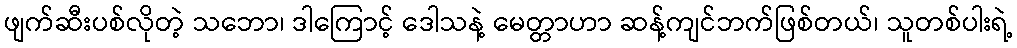
ဖျက်ဆီးပစ်လိုတဲ့ သဘော၊ ဒါကြောင့် ဒေါသနဲ့ မေတ္တာဟာ ဆန့်ကျင်ဘက်ဖြစ်တယ်၊ သူတစ်ပါးရဲ့